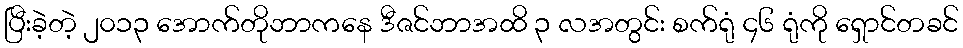
ပြီးခဲ့တဲ့ ၂၀၁၃ အောက်တိုဘာကနေ ဒီဇင်ဘာအထိ ၃ လအတွင်း စက်ရုံ ၄၆ ရုံကို ရှောင်တခင်